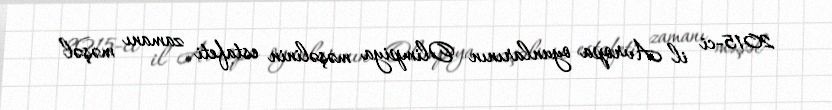
2015-ci il Avropa oyunlarının Olimpiya məşəlinin estafeti zamanı məşəl